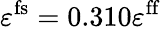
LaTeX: \varepsilon^{\mathrm{fs}}=0.310\varepsilon^{\mathrm{ff}}